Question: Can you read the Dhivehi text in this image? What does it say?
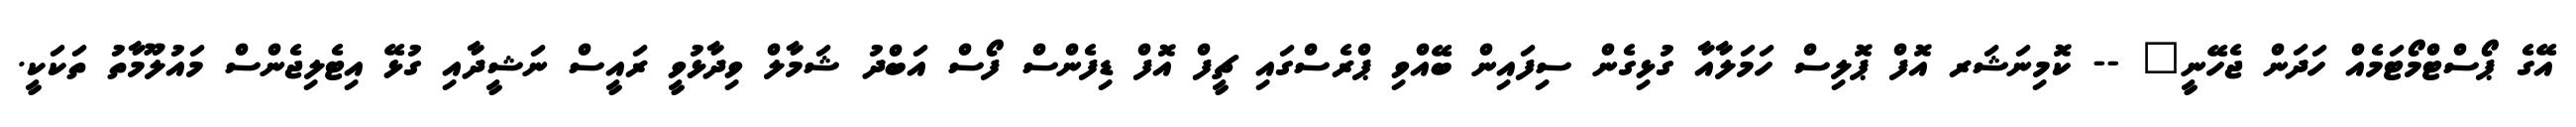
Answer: އޭގެ ޕޯސްޓްމޯޓަމެއް ހަދަން ޖެހޭނީ" -- ކޮމިނަޝަރ އޮފް ޕޮލިސް ހަމަލާއާ ގުޅިގެން ސިފައިން ބޭއްވި ޕްރެސްގައި ޗީފް އޮފް ޑިފެންސް ފޯސް އަބްދު ޝަމާލް ވިދާޅުވީ ރައީސް ނަޝީދާއި ގުޅޭ އިޓެލިޖެންސް މައުލޫމާތު ތަކަކީ.